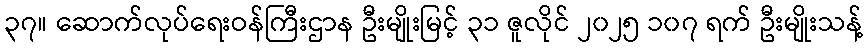
၃၇။ ဆောက်လုပ်ရေးဝန်ကြီးဌာန ဦးမျိုးမြင့် ၃၁ ဇူလိုင် ၂၀၂၅ ၁၀၇ ရက် ဦးမျိုးသန့်